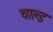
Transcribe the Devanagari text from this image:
चाल्ड